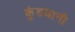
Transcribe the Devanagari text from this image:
कुंडघानी